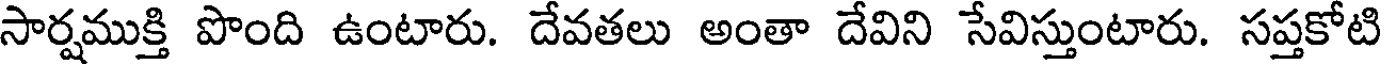
సార్షముక్తి పొంది ఉంటారు. దేవతలు అంతా దేవిని సేవిస్తుంటారు. సప్తకోటి